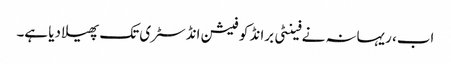
اب، ریہانہ نے فینٹی برانڈ کو فیشن انڈسٹری تک پھیلا دیا ہے۔